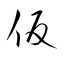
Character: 仮